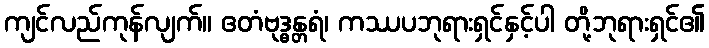
ကျင်လည်ကုန်လျက်။ ဧတံဗုဒ္ဓန္တရံ၊ ကဿပဘုရားရှင်နှင့်ပါ တို့ဘုရားရှင်၏